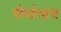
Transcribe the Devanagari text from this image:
पौर्वात्यच